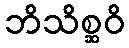
ဘိသိစ္ဆဝိ